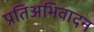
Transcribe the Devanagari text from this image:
प्रतिअभिवादन